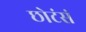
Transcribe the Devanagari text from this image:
छोटंसं